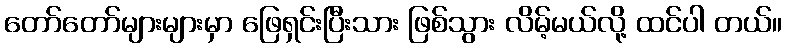
တော်တော်များများမှာ ဖြေရှင်းပြီးသား ဖြစ်သွား လိမ့်မယ်လို့ ထင်ပါ တယ်။